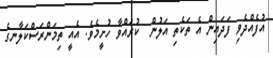
އުފެއްދެވި ފަދައިން އެ ތަކެތި އަލުން  ކުރައްވާ ހުށީމެވެ. އެއީ ތިމަންރަސްކަލާނގެ